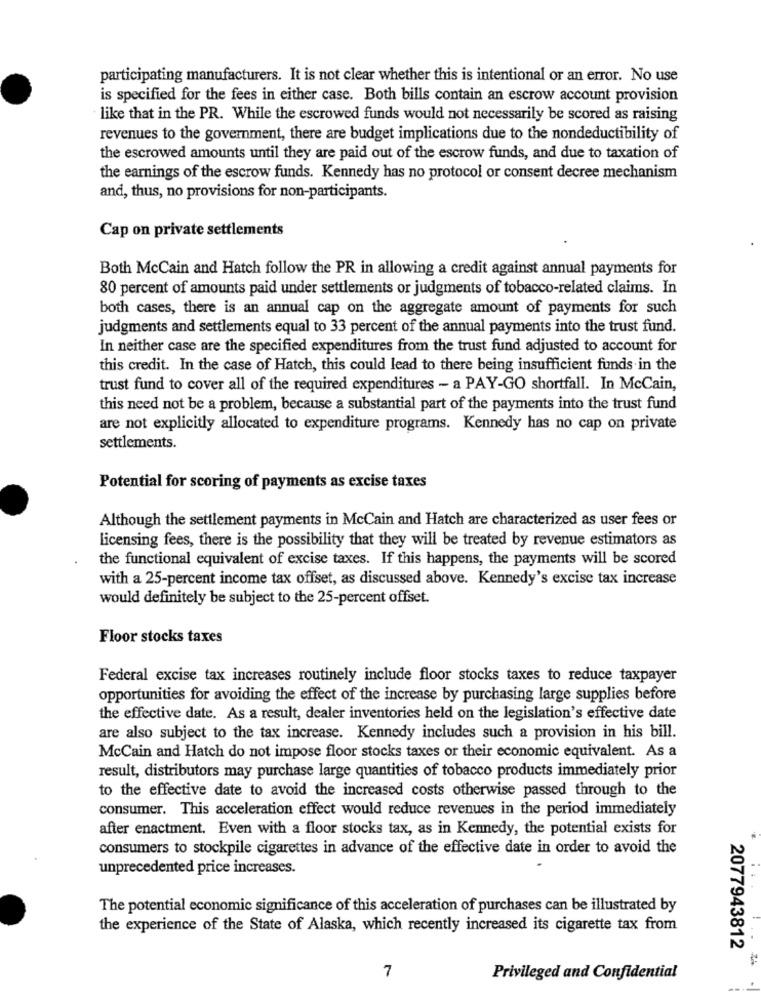
participating manufacturers. It is not clear whether this is intentional or an error. No use
is specified for the fees in either case. Both bills contain an escrow account provision
like that in the PR. While the escrowed funds would not necessarily be scored as raising
revenues to the government, there are budget implications due to the nondeductibility of
the escrowed amounts until they are paid out of the escrow funds, and due to taxation of
the earnings of the escrow funds. Kennedy has no protocol or consent decree mechanism
and, thus, no provisions for non-participants.
Cap on private settlements
Both McCain and Hatch follow the PR in allowing a credit against annual payments for
80 percent of amounts paid under settlements or judgments of tobacco-related claims. In
both cases, there is an annual cap on the aggregate amount of payments for such
judgments and settlements equal to 33 percent of the annual payments into the trust fund.
In neither case are the specified expenditures from the trust fund adjusted to account for
this credit. In the case of Hatch, this could lead to there being insufficient funds in the
trust fund to cover all of the required expenditures - a PAY-GO shortfall. In McCain,
this need not be a problem, because a substantial part of the payments into the trust fund
are not explicitly allocated to expenditure programs. Kennedy has no cap on private
settlements.
Potential for scoring of payments as excise taxes
Although the settlement payments in McCain and Hatch are characterized as user fees or
Licensing fees, there is the possibility that they will be treated by revenue estimators as
the functional equivalent of excise taxes. If this happens, the payments will be scored
with a 25-percent income tax offset, as discussed above. Kennedy's excise tax increase
would definitely be subject to the 25-percent offset.
Floor stocks taxes
Federal excise tax increases routinely include floor stocks taxes to reduce taxpayer
opportunities for avoiding the effect of the increase by purchasing large supplies before
the effective date. As a result, dealer inventories held on the legislation's effective date
are also subject to the tax increase. Kennedy includes such a provision in his bill.
McCain and Hatch do not impose floor stocks taxes or their economic equivalent. As a
result, distributors may purchase large quantities of tobacco products immediately prior
to the effective date to avoid the increased costs otherwise passed through to the
consumer. This acceleration effect would reduce revenues in the period immediately
after enactment. Even with a floor stocks tax, as in Kennedy, the potential exists for
consumers to stockpile cigarettes in advance of the effective date in order to avoid the
unprecedented price increases.
The potential economic significance of this acceleration of purchases can be illustrated by
the experience of the State of Alaska, which recently increased its cigarette tax from
2077943812
7
Privileged and Confidential